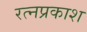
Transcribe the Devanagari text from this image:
रत्नप्रकाश